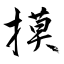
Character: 摸